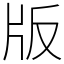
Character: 版